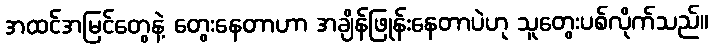
အထင်အမြင်တွေနဲ့ တွေးနေတာဟာ အချိန်ဖြုန်းနေတာပဲဟု သူတွေးပစ်လိုက်သည်။